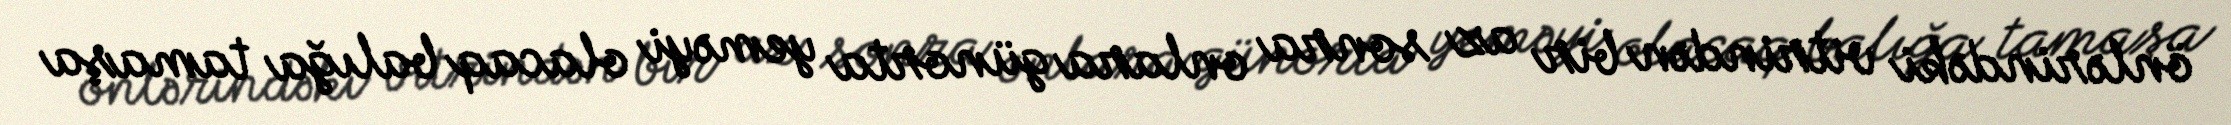
önlərindəki vitrindən bir az sonra onlara günorta yeməyi olacaq balığa tamaşa